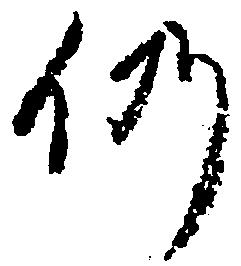
仍